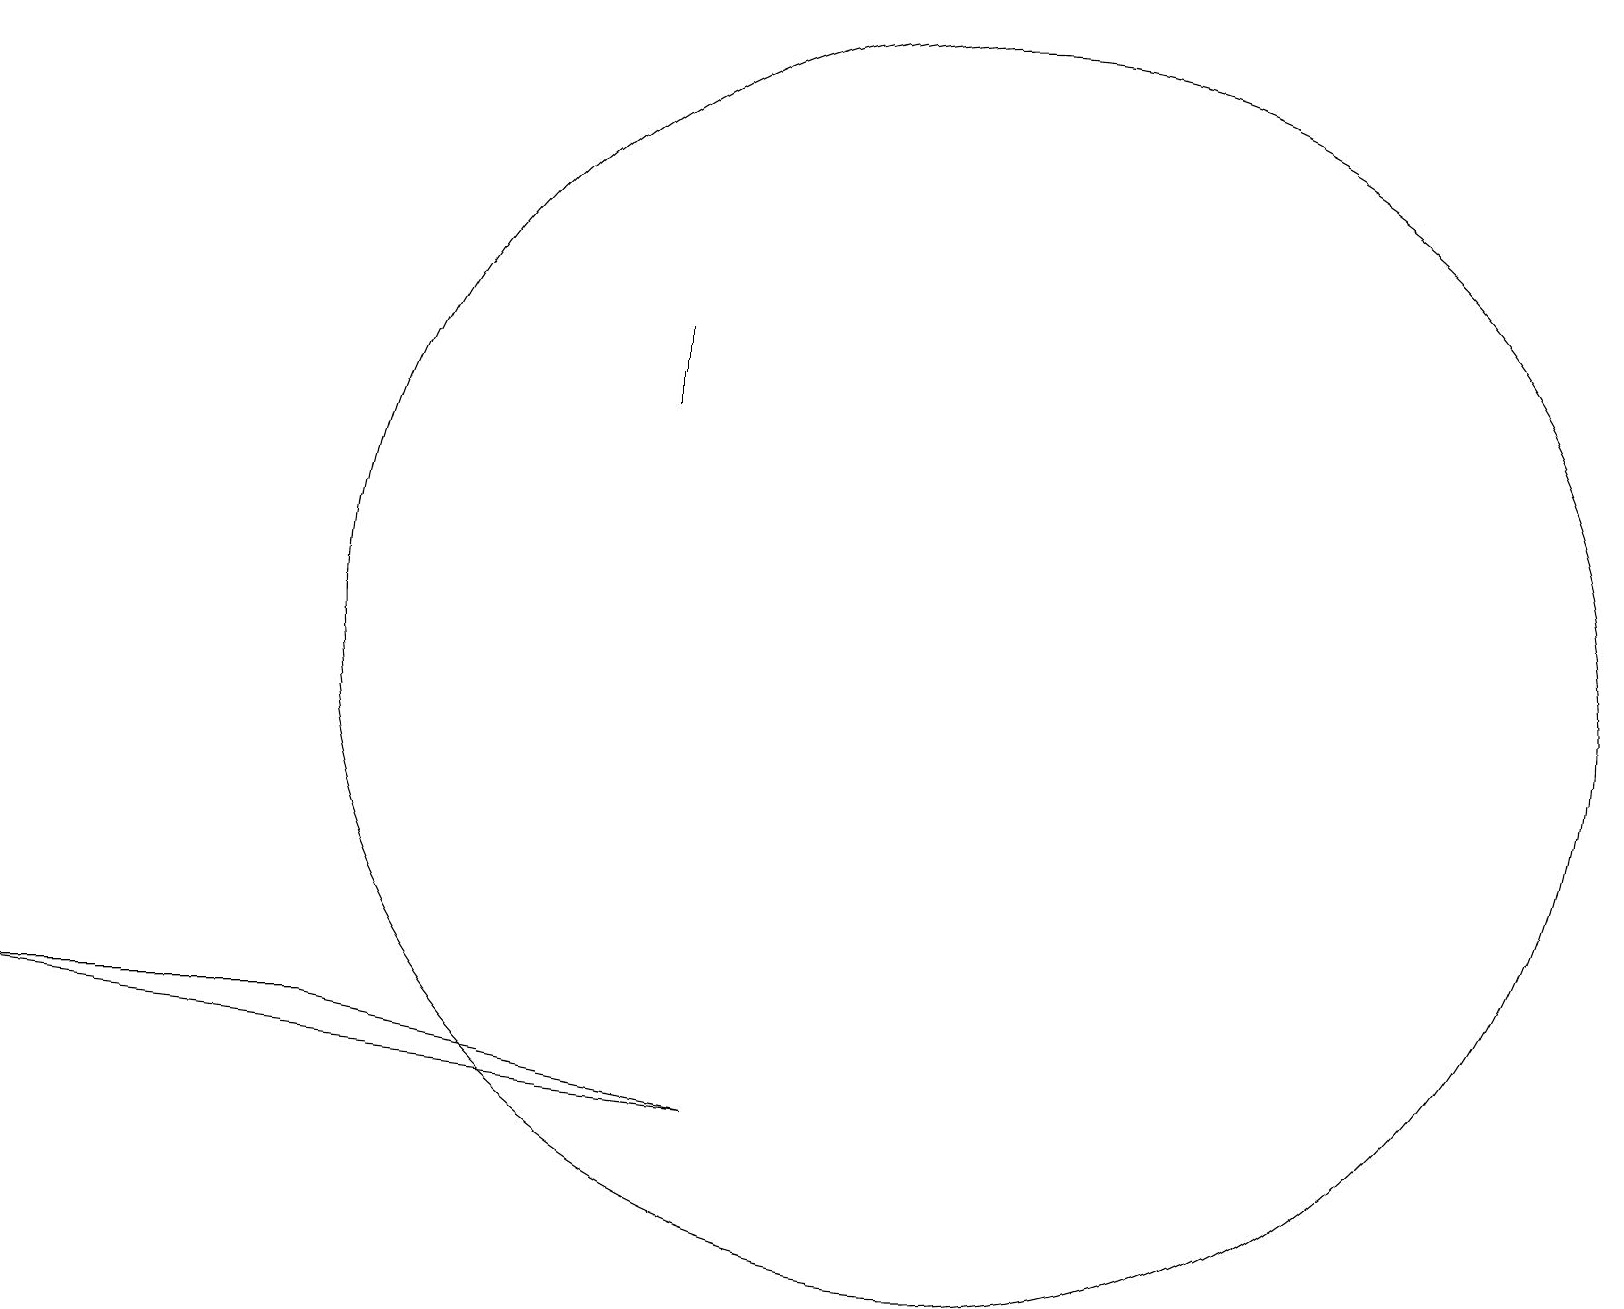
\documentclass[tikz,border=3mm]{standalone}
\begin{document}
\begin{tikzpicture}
\draw (12,11) circle (8);
\draw (8,15) rectangle (8,14);
\draw (0,6) -- (9,5) -- (4,6) -- cycle;
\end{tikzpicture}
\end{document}